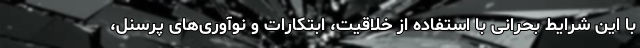
با این شرایط بحرانی با استفاده از خلاقیت، ابتکارات و نوآوری‌های پرسنل،